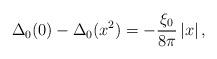
LaTeX: \begin{align*}\Delta_0(0) - \Delta_0(x^2) = -\frac{\xi_0}{8\pi}\left|x\right|,\end{align*}